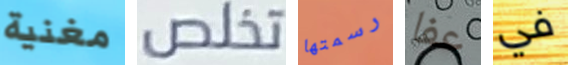
مغنية تخلص رسمتها عفا في